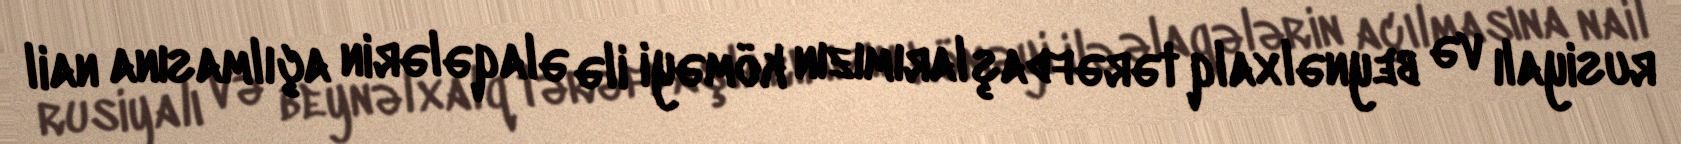
rusiyalı və beynəlxalq tərəfdaşlarımızın köməyi ilə əlaqələrin açılmasına nail